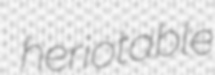
heriotable